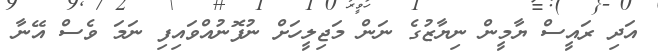
އަދި ރައީސް ޔާމީން ނިޔާޒުގެ ނަން މަޖިލީހަށް ނުފޮނުއްވައިފި ނަމަ ވެސް އޭނާ